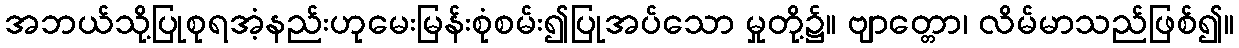
အဘယ်သို့ပြုစုရအံ့နည်းဟုမေးမြန်းစုံစမ်း၍ပြုအပ်သော မှုတို့၌။ ဗျာတ္တော၊ လိမ်မာသည်ဖြစ်၍။